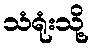
သံရုံးသို့